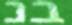
בנ